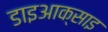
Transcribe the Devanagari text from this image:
डाइआक्साइ